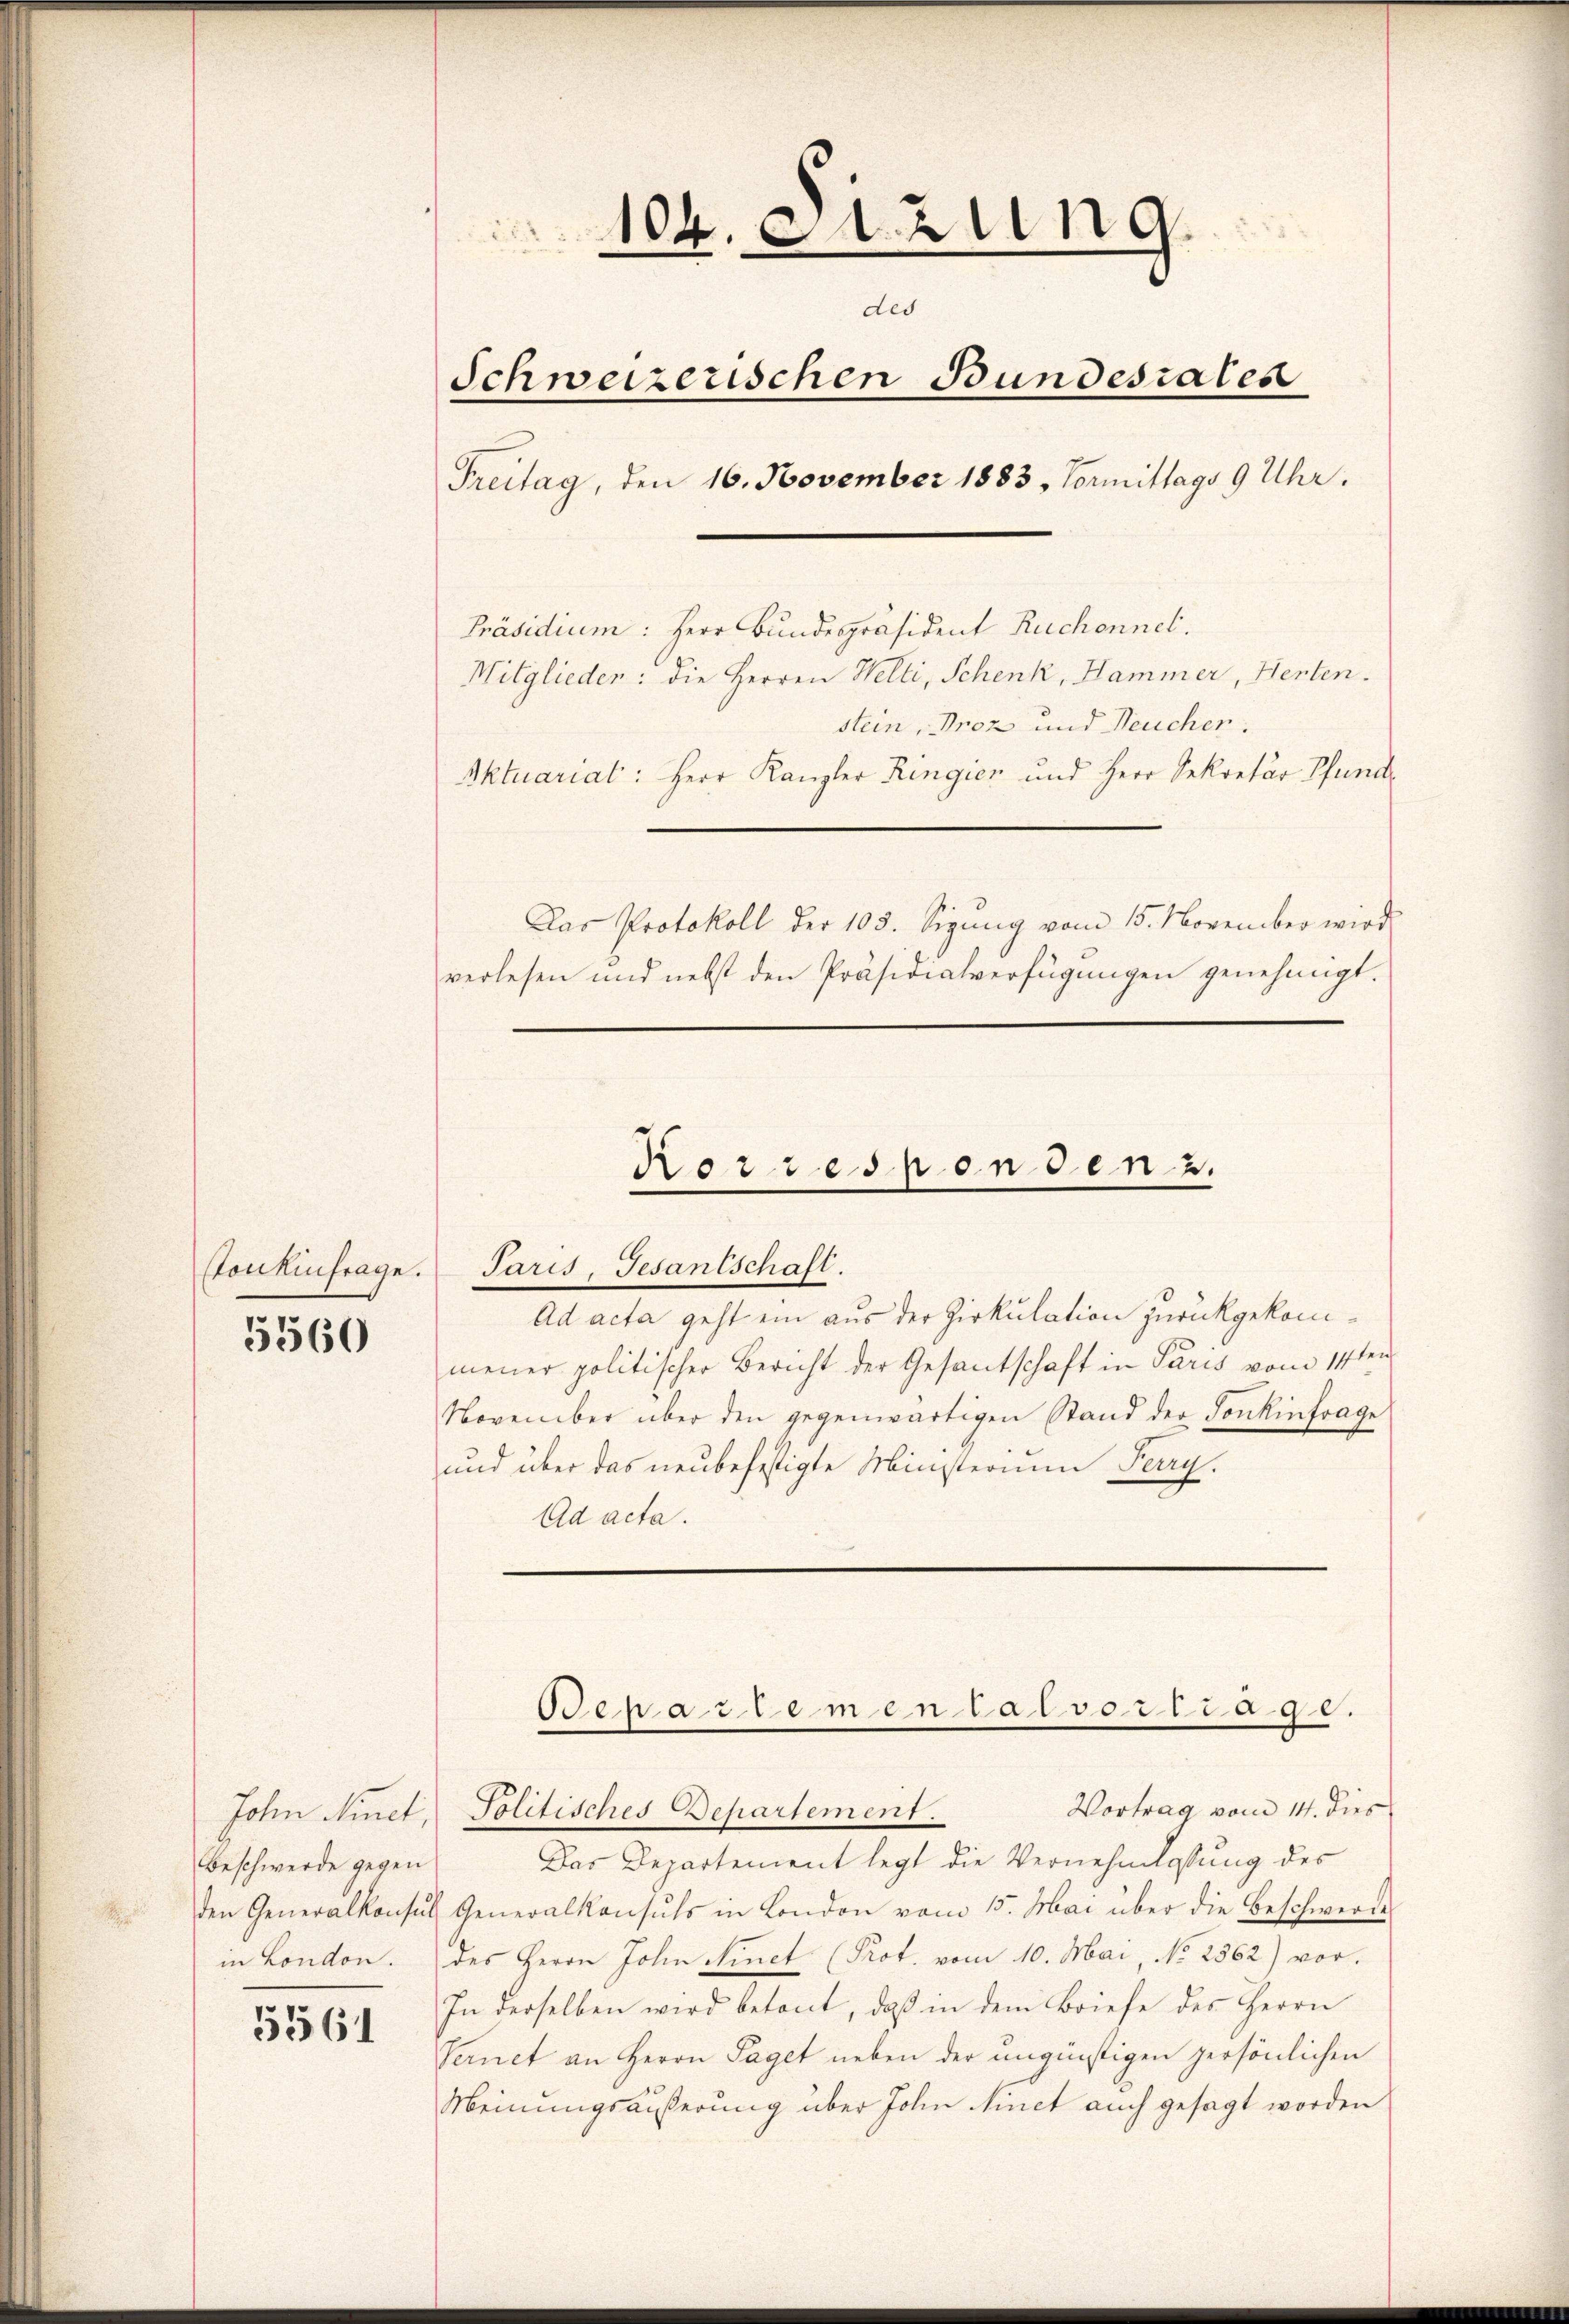
Continfrage.

5560

John Minet
Beschwerde gegen

5561

104. Sitzung
des
Schweizerischen Bundesrates
Freitag, den 16. November 1883, Vormittags 9 Uhr.

Präsidium: Herr Bundespräsident Ruchonnel.
Mitglieder: die Herren Welti, Schenk, Hammer, Herten.
stein, Proz und Neucher.
Aktuariat: Herr Kanzler Ringien und Herr Sekretär Pfunde
Das Protokoll der 103. Sigŭng vom 15. November wird
verlesen und nebst den Präsidialverfügungen genehmigt.

Ad acta geht ein aus der Zirkulation zurückgekommener politischer Bericht der Gesantschaft in Paris vom 14ten
November über den gegenwärtigen Stand der Sonkinfrage
und über das neubefestigte Ministerium Perry.
Ad acta.

Korresponden 2.
Paris, Gesantschaft.

Oepartemental vortrage.
Vortrag vom 14. dies
Politisches Departement.

Das Departement legt die Vernehmlassung des
den Generalkonsuls Generalkonsuls in London vom 15. Mai über die Beschwerde
in London. des Herrn John Ninct (Prot. vom 10. Mai, No 2562) vor.
In derselben wird betont, daß in dem Briefe des Herrn
Vernet an Herrn Saget neben der ungünstigen persönlichen
Meinungsäußerung über John finet auch gesagt worden